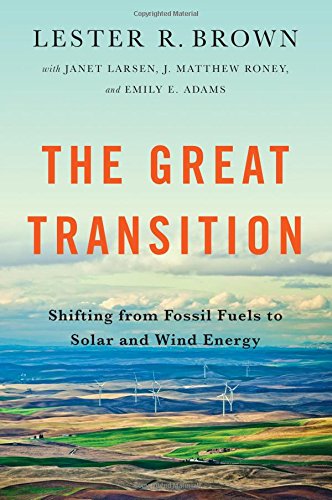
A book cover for The Great Transition: Shifting from Fossil Fuels to Solar and Wind Energy; Lester R. Brown; Engineering & Transportation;